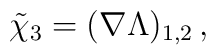
\tilde{\chi}_3 = (\nabla\Lambda)_{1,2}\,,